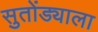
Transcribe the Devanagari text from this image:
सुतोंड्याला